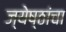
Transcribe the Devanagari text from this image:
ज्येष्ठांचा